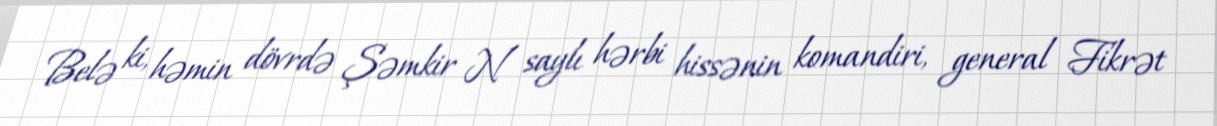
Belə ki, həmin dövrdə Şəmkir N saylı hərbi hissənin komandiri, general Fikrət